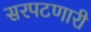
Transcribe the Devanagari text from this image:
सरपटणारी